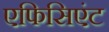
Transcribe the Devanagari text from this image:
एफिसिएंट